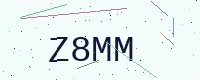
Text: Z8MM